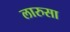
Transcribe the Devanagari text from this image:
लारुसा